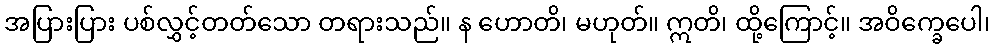
အပြားပြား ပစ်လွှင့်တတ်သော တရားသည်။ န ဟောတိ၊ မဟုတ်။ ဣတိ၊ ထို့ကြောင့်။ အဝိက္ခေပေါ၊